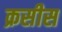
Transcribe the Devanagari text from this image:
क्रसीस